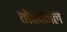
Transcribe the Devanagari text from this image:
मेक्दनल